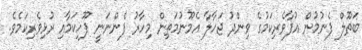
ބަތޫލް ފެނުމުން އުފާވެރިކަމުގެ ވިންދު ޖަހާލާ އެމޫނުމަތިން މިހާރު ފެންނަނީ ފޫހިކަމާއި ރުޅިވެރިކަމެވެ.